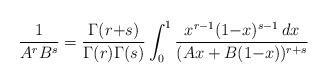
LaTeX: \begin{align*}\frac{1}{A^r B^s } = \frac{\Gamma(r{+}s)}{\Gamma(r) \Gamma(s)} \int_0^1 \frac{x^{r-1} (1{-}x)^{s-1} \,dx}{(Ax+B(1{-}x))^{r+s}}\end{align*}